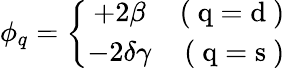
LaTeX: \phi_{q}=\left\{ \begin{array}{cr}{{+2\beta}}&{{\mathrm{(~q=d~)}}}\\ {{-2\delta\gamma}}&{{\mathrm{(~q=s~)}}}\end{array}\right.